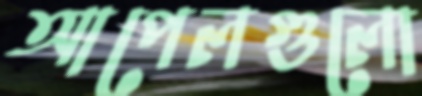
আপেলগুলো